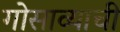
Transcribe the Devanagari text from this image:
गोसाव्याची